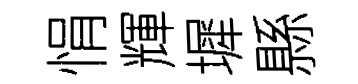
悁輝墀縣